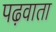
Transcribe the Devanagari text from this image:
पढ़वाता